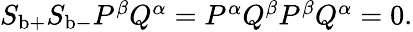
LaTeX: \begin{array}{r}{S_{\mathrm{b}+}S_{\mathrm{b}-}P^{\beta}Q^{\alpha}=P^{\alpha}Q^{\beta}P^{\beta}Q^{\alpha}=0.}\end{array}